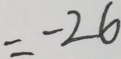
= - 2 6